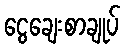
ငွေချေးစာချုပ်